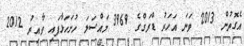
އެގޮތުން 2013 ވަނަ އަހަރު ޑްރަގްގެ 3969 މައްސަލަ ހުށަހަޅާފައި ވާއިރު 2012